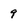
Character: 9